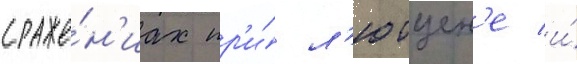
сраже́н'иах пр'и́ л'ютцен'е и́